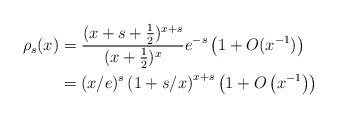
LaTeX: \begin{align*}\rho_s(x) & = \frac{(x + s + \tfrac12 )^{x + s}}{(x+ \tfrac12 )^x} e^{-s} \left( 1 + O(x^{-1}) \right) \\& = (x/e)^{s} \left( 1+s/x \right)^{x + s} \left( 1 + O\left( x^{-1} \right) \right)\end{align*}